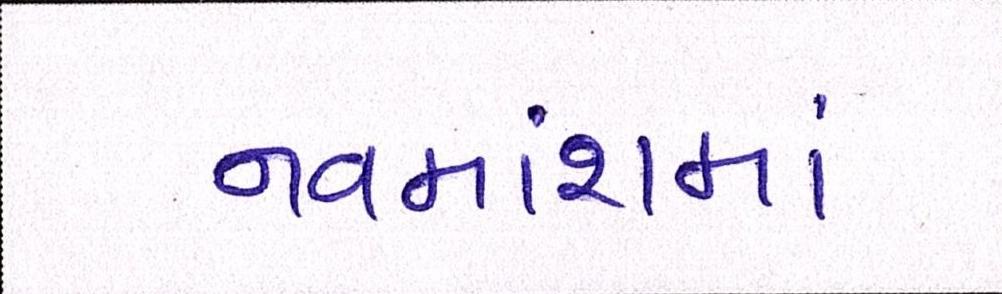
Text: નવમાંશમાં